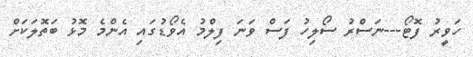
ހަވީރު ފޮޓޯ---ނަސްރު ސޯލިހު ފަސް ވަނަ ފިލްމު އެވޯޑުގައި އެންމެ މޮޅު ބަތޮލަކަށް